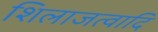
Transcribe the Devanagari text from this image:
शिलाजत्वादि